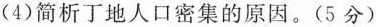
(4)简析丁地人口密集的原因。(5分)